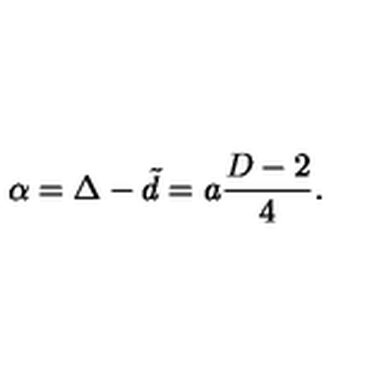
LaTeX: \alpha = \Delta - \tilde { d } = a { \frac { D - 2 } { 4 } } .